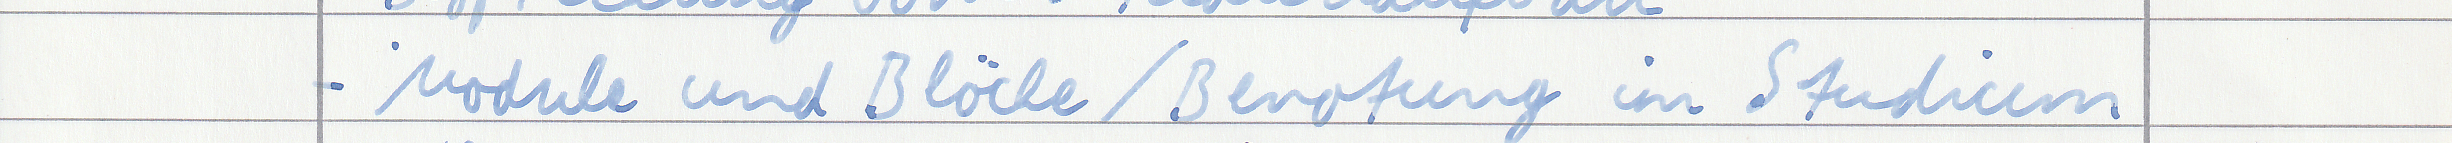
- Module und Blöcke / Benotung im Studium